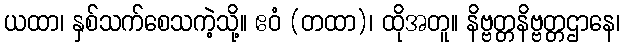
ယထာ၊ နှစ်သက်စေသကဲ့သို့။ ဧဝံ (တထာ)၊ ထိုအတူ။ နိဗ္ဗတ္တနိဗ္ဗတ္တဌာနေ၊